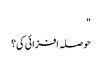
"
حوصلہ افزائی کی؟